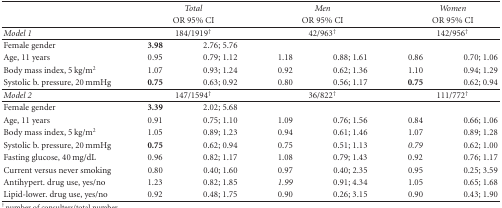
<table><thead><tr><td></td><td colspan="2"><b><i>Total</i></b></td><td colspan="2"><b><i>Men</i></b></td><td colspan="2"><b><i>Women</i></b></td></tr><tr><td></td><td colspan="2"><b>OR 95% CI</b></td><td colspan="2"><b>OR 95% CI</b></td><td colspan="2"><b>OR 95% CI</b></td></tr></thead><tbody><tr><td><i>Model 1</i></td><td colspan="2">184/1919<sup>†</sup></td><td colspan="2">42/963<sup>†</sup></td><td colspan="2">142/956<sup>†</sup></td></tr><tr><td>Female gender</td><td><b>3.98</b></td><td>2.76; 5.76</td></tr><tr><td>Age, 11 years</td><td>0.95</td><td>0.79; 1.12</td><td>1.18</td><td>0.88; 1.61</td><td>0.86</td><td>0.70; 1.06</td></tr><tr><td>Body mass index, 5 kg/m<sup>2</sup></td><td>1.07</td><td>0.93; 1.24</td><td>0.92</td><td>0.62; 1.36</td><td>1.10</td><td>0.94; 1.29</td></tr><tr><td>Systolic b. pressure, 20 mmHg</td><td><b>0.75</b></td><td>0.63; 0.92</td><td>0.80</td><td>0.56; 1.17</td><td><b>0.75</b></td><td>0.62; 0.94</td></tr><tr><td><i>Model 2</i></td><td colspan="2">147/1594<sup>†</sup></td><td colspan="2">36/822<sup>†</sup></td><td colspan="2">111/772<sup>†</sup></td></tr><tr><td>Female gender</td><td><b>3.39</b></td><td>2.02; 5.68</td></tr><tr><td>Age, 11 years</td><td>0.91</td><td>0.75; 1.10</td><td>1.09</td><td>0.76; 1.56</td><td>0.84</td><td>0.66; 1.06</td></tr><tr><td>Body mass index, 5 kg/m<sup>2</sup></td><td>1.05</td><td>0.89; 1.23</td><td>0.94</td><td>0.61; 1.46</td><td>1.07</td><td>0.89; 1.28</td></tr><tr><td>Systolic b. pressure, 20 mmHg</td><td><b>0.75</b></td><td>0.62; 0.94</td><td>0.75</td><td>0.51; 1.13</td><td><i>0.79</i></td><td>0.62; 1.00</td></tr><tr><td>Fasting glucose, 40 mg/dL</td><td>0.96</td><td>0.82; 1.17</td><td>1.08</td><td>0.79; 1.43</td><td>0.92</td><td>0.76; 1.17</td></tr><tr><td>Current versus never smoking</td><td>0.80</td><td>0.40; 1.60</td><td>0.97</td><td>0.40; 2.35</td><td>0.95</td><td>0.25; 3.59</td></tr><tr><td>Antihypert. drug use, yes/no</td><td>1.23</td><td>0.82; 1.85</td><td><i>1.99</i></td><td>0.91; 4.34</td><td>1.05</td><td>0.65; 1.68</td></tr><tr><td>Lipid-lower. drug use, yes/no</td><td>0.92</td><td>0.48; 1.75</td><td>0.90</td><td>0.26; 3.15</td><td>0.90</td><td>0.43; 1.90</td></tr></tbody></table>